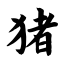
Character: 猪